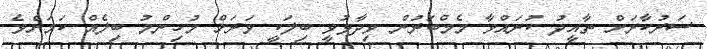
ސަރުކާރަށް ތާއީދު ކުރައްވާ މެމްބަރުން ވިދާޅުވީ ބިލަކީ ވަރަށް މުހިންމު ބިލެއް ކަމަށެވެ.